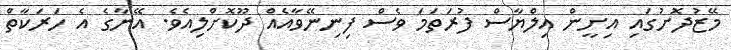
މޭޒުދޮށުގައި އިށީން އިލްޔާސް ފުރަތަމަ ވެސް ފިނިނޭވާއެއް ދޫކޮށްލިއެވެ. އޭނާގެ އެ ހަރަކާތް